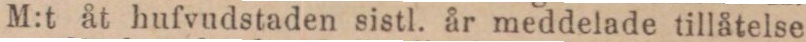
M:t åt hufvudstaden sistl. år meddelade tillåtelse